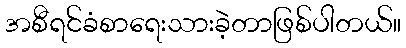
အစီရင်ခံစာရေးသားခဲ့တာဖြစ်ပါတယ်။